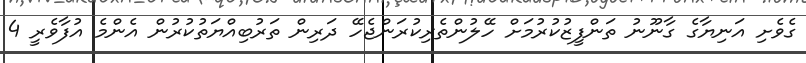
ގެވެށި އަނިޔާގެ ގާނޫނު ތަންފީޒުކުރުމަށް ހޭލުންތެރިކުރަންޖެހޭ ދަރިން ތަރުބިއްޔަތުކުރުން އެންމެ އުފާވެރީ 4